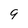
Character: 9